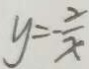
y = - \frac { 2 } { x }